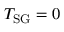
T _ { \mathrm { S G } } = 0